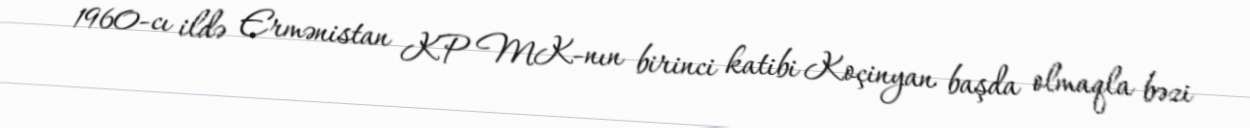
1960-cı ildə Ermənistan KP MK-nın birinci katibi Koçinyan başda olmaqla bəzi